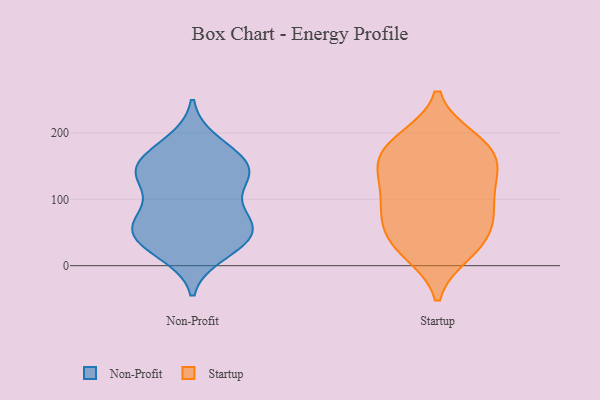
{"axis": {"x": "Waste Production (Tons)", "y": "Value"}, "legend": ["Non-Profit", "Startup"], "data": [{"x": "", "y": 162, "type": "Non-Profit"}, {"x": "", "y": 37, "type": "Non-Profit"}, {"x": "", "y": 73, "type": "Non-Profit"}, {"x": "", "y": 54, "type": "Non-Profit"}, {"x": "", "y": 75, "type": "Non-Profit"}, {"x": "", "y": 137, "type": "Non-Profit"}, {"x": "", "y": 19, "type": "Non-Profit"}, {"x": "", "y": 80, "type": "Non-Profit"}, {"x": "", "y": 48, "type": "Non-Profit"}, {"x": "", "y": 186, "type": "Non-Profit"}, {"x": "", "y": 139, "type": "Non-Profit"}, {"x": "", "y": 41, "type": "Non-Profit"}, {"x": "", "y": 136, "type": "Non-Profit"}, {"x": "", "y": 141, "type": "Non-Profit"}, {"x": "", "y": 62, "type": "Non-Profit"}, {"x": "", "y": 27, "type": "Non-Profit"}, {"x": "", "y": 147, "type": "Non-Profit"}, {"x": "", "y": 126, "type": "Non-Profit"}, {"x": "", "y": 175, "type": "Non-Profit"}, {"x": "", "y": 19, "type": "Startup"}, {"x": "", "y": 180, "type": "Startup"}, {"x": "", "y": 90, "type": "Startup"}, {"x": "", "y": 174, "type": "Startup"}, {"x": "", "y": 49, "type": "Startup"}, {"x": "", "y": 82, "type": "Startup"}, {"x": "", "y": 35, "type": "Startup"}, {"x": "", "y": 150, "type": "Startup"}, {"x": "", "y": 132, "type": "Startup"}, {"x": "", "y": 146, "type": "Startup"}, {"x": "", "y": 188, "type": "Startup"}, {"x": "", "y": 21, "type": "Startup"}, {"x": "", "y": 144, "type": "Startup"}, {"x": "", "y": 191, "type": "Startup"}, {"x": "", "y": 84, "type": "Startup"}, {"x": "", "y": 106, "type": "Startup"}, {"x": "", "y": 58, "type": "Startup"}]}